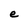
Character: e